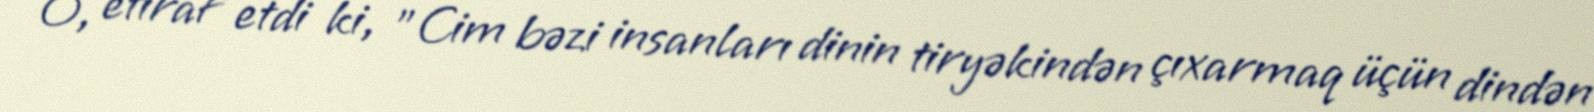
O, etiraf etdi ki, "Cim bəzi insanları dinin tiryəkindən çıxarmaq üçün dindən